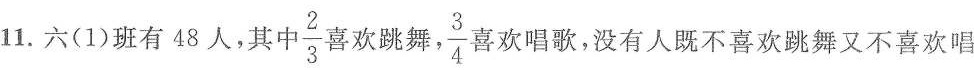
11.六(1)班有48人，其中 \frac{2}{3}喜欢跳絮\frac{3}{4}。欢唱歌，没有人既不喜欢跳舞又不喜欢唱